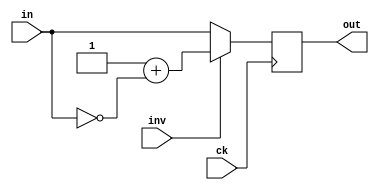

   /*
    *
    */

module twos_complement
    #(parameter WIDTH=16)
   (input wire ck, 
    input wire inv, 
    input wire [(WIDTH-1):0] in, 
    output reg [(WIDTH-1):0] out
);

    initial out = 0;

    always @(posedge ck) begin
        if (inv)
            out <= 1'b1 + ~in;
        else
            out <= in;
    end

endmodule